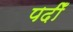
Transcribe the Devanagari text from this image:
पदीँ